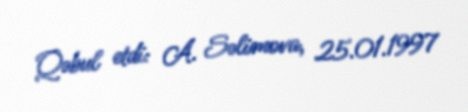
Qəbul etdi: A. Səlimova, 25.01.1997